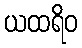
ယထရိဝ